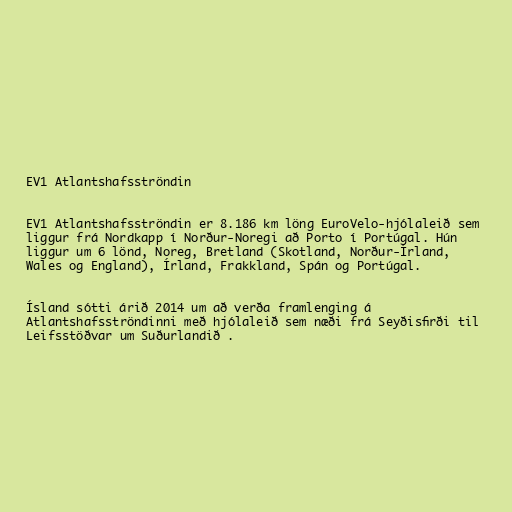
EV1 Atlantshafsströndin

EV1 Atlantshafsströndin er 8.186 km löng EuroVelo-hjólaleið sem
liggur frá Nordkapp í Norður-Noregi að Porto í Portúgal. Hún
liggur um 6 lönd, Noreg, Bretland (Skotland, Norður-Írland,
Wales og England), Írland, Frakkland, Spán og Portúgal.

Ísland sótti árið 2014 um að verða framlenging á
Atlantshafsströndinni með hjólaleið sem næði frá Seyðisfirði til
Leifsstöðvar um Suðurlandið .